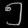
Digit: ၅